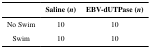
<table><thead><tr><td></td><td><b>Saline (<i>n</i>)</b></td><td><b>EBV-dUTPase (<i>n</i>)</b></td></tr></thead><tbody><tr><td>No Swim</td><td>10</td><td>10</td></tr><tr><td>Swim</td><td>10</td><td>10</td></tr></tbody></table>